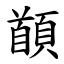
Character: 䭭